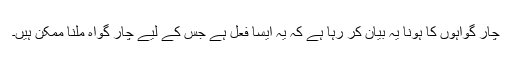
چار گواہوں کا ہونا یہ بیان کر رہا ہے کہ یہ ایسا فعل ہے جس کے لیے چار گواہ ملنا ممکن ہیں۔